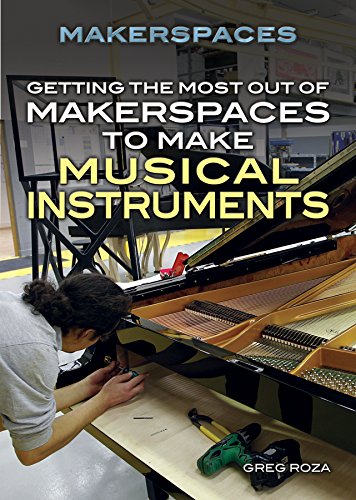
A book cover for Getting the Most Out of Makerspaces to Make Musical Instruments; Greg Roza; Teen & Young Adult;